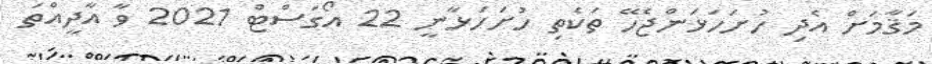
މަޤާމަށް އެދި ހުށަހަޅަންޖެހޭ ތަކެތި ހުށަހަޅާނީ 22 އޯގަސްޓް 2021 ވާ އާދީއްތަ